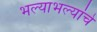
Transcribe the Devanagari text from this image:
भल्याभल्यांचे